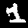
Label: 1